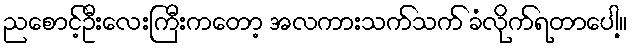
ညစောင့်ဦးလေးကြီးကတော့ အလကားသက်သက် ခံလိုက်ရတာပေါ့။